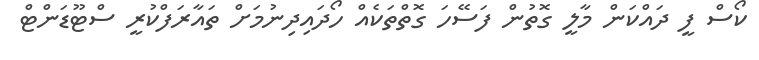
ކޯސް ފީ ދައްކަން މާލީ ގޮތުން ފަސޭހަ ގޮތްތަކެއް ހޯދައިދިނުމަށް ތައާރަފްކުރީ ސްޓޫޑަންޓް